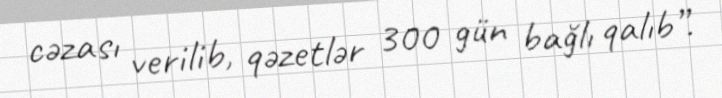
cəzası verilib, qəzetlər 300 gün bağlı qalıb”.